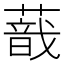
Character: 𦺿